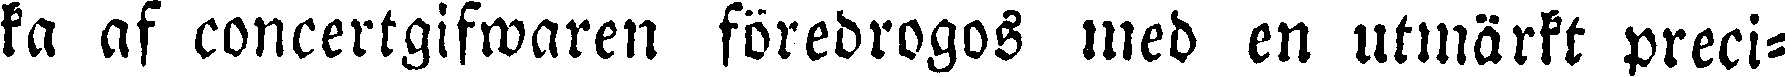
ka af concertgifwaren föredrogos med en utmärkt preci-